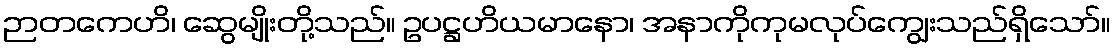
ဉာတကေဟိ၊ ဆွေမျိုးတို့သည်။ ဥပဋ္ဌဟိယမာနော၊ အနာကိုကုမလုပ်ကျွေးသည်ရှိသော်။